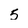
Character: 5